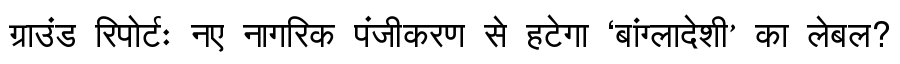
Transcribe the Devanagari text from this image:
ग्राउंड रिपोर्टः नए नागरिक पंजीकरण से हटेगा ‘बांग्लादेशी’ का लेबल?